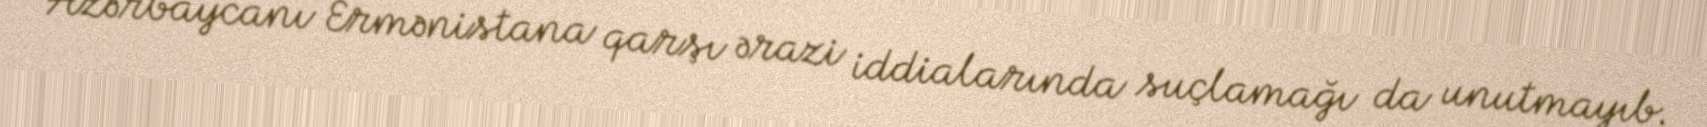
Azərbaycanı Ermənistana qarşı ərazi iddialarında suçlamağı da unutmayıb.